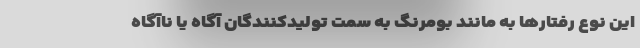
این نوع رفتارها به مانند بومرنگ به سمت تولیدکنندگان آگاه یا ناآگاه